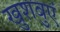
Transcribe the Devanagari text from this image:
खुशबुएं